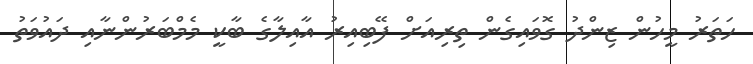
ހަތަރު މީހުން ޒިންދު ގޮވައިގެން ތިރިއަށް ފޭބިއިރު އާއިލާގެ ބާކީ މެމްބަރުންނާއި ދައުވަތު